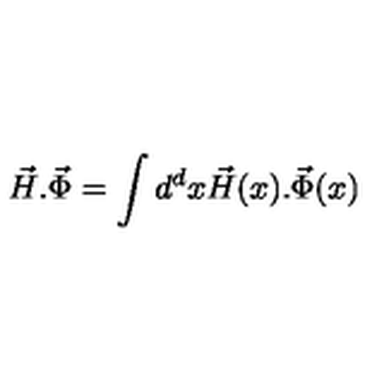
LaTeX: \vec { H } . \vec { \Phi } = \int d ^ { d } x \vec { H } ( x ) . \vec { \Phi } ( x )